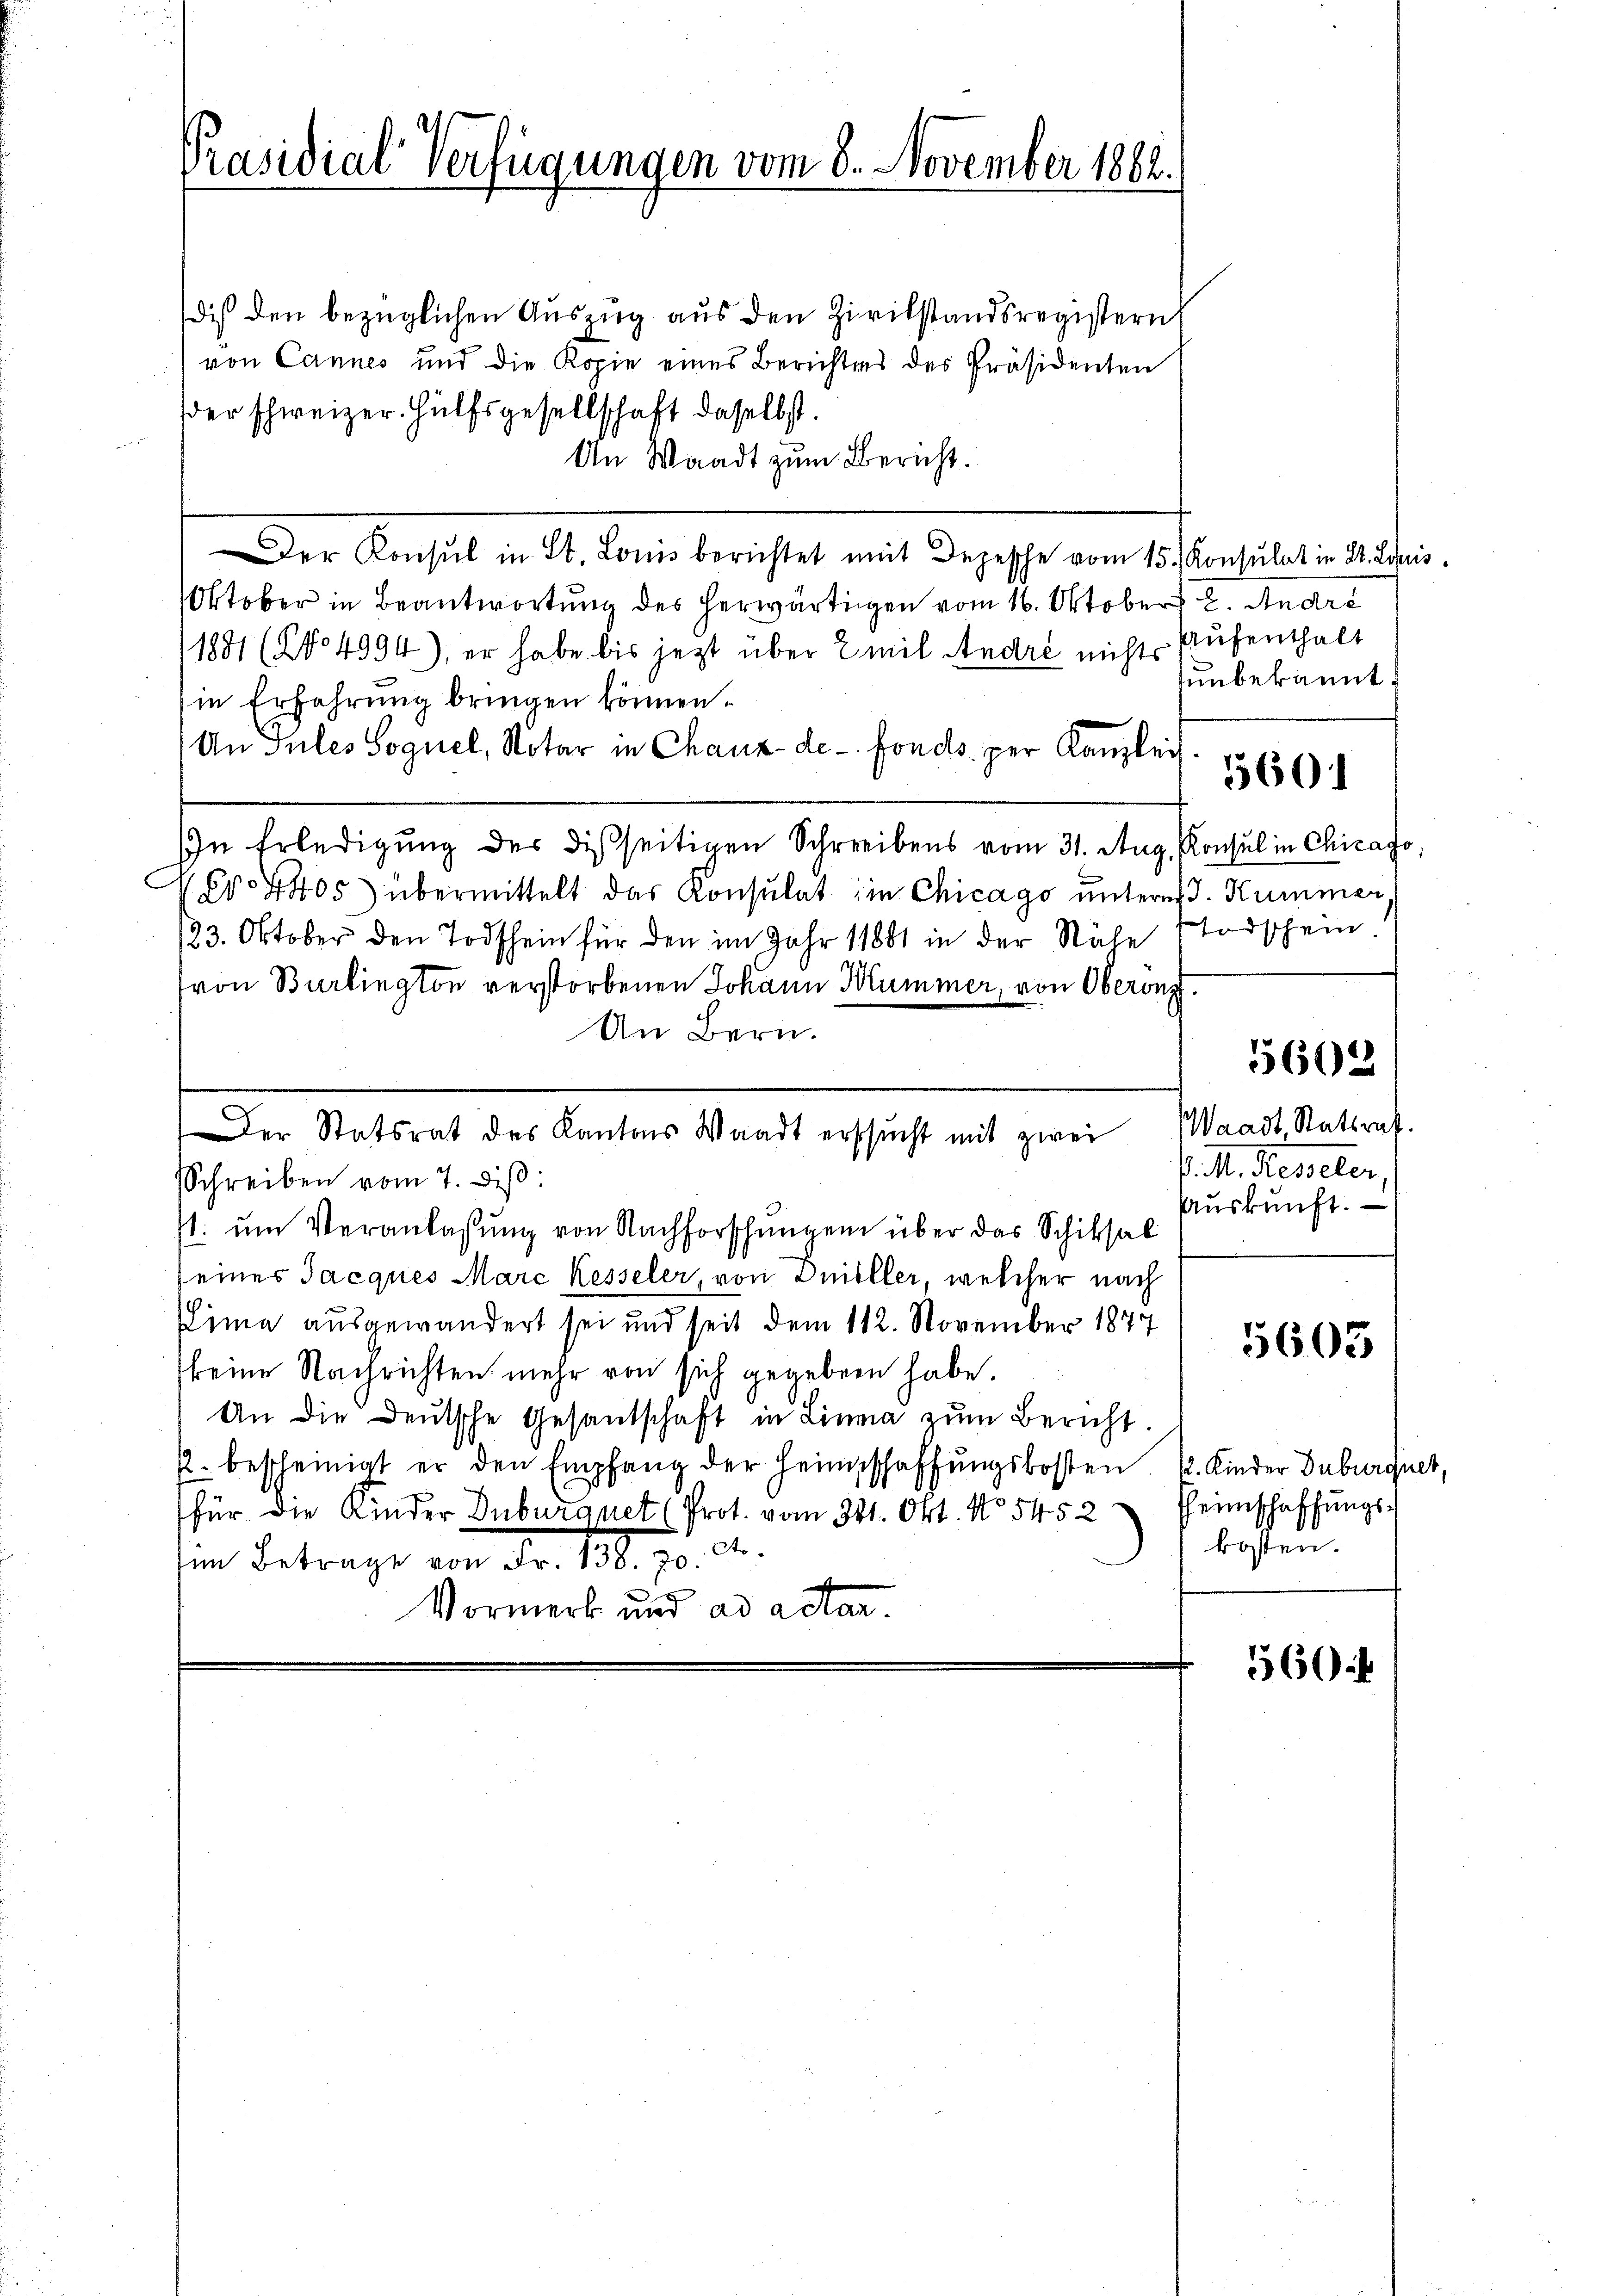
Präsidial-Verfügungen vom 8. November 1882.

dis den bezüglichen Auszug aus den Zivilstandsregistern
von Cannes und die Kopie eines Berichtes des Präsidenten
der schweizer. Hülfsgesellschaft daselbst.
An Waadt zum Bericht.
Der Konsul in St. Louis berichtet mit Depesche vom 15. Konsulat in St. Louis
Oktober in Beantwortung des herwärtigen vom 16. Oktober 2. Andre
1881 (No 4094), er habe bis jezt über Emil André nichts Aufenthalt
in Erfahrung bringen können.
An Jules Soguel, Notar in Chaux-de-Fonds per Kanzlei
In Erledigung der disseitigen Schreibens vom 31. Aug. Konsul in Chicago,
V Nr. 4405) übermittelt das Konsulat in Chicago unterer J. Kummer
123. Oktober den Todschein für den im Jahr 11881 in der Nähe stodschein
von Burlington verstorbenen Johann Kummer, von Oberong.
An Bern.
Der Statsrat des Kantons Waadt ersucht mit zwei
Schreiben vom 7. diβ:
s. ŭm Veranlaßung von Nachforschungen über das Schiksal
(eines Jacques Marc Kesseler, von Drieller, welcher nach
(Lima ausgewandert sei und seit dem 112. November 1877
keine Nachrichten mehr von sich gegeben habe.
An die Deutsche Gesandschaft in Limma zum Bericht.
p. bescheinigt er den Empfang der Heimschaffŭngskosten 12. Kinder Duburquet,
für die Kinder Duburquet (Prot. vom 31. Okt. No 5452 Heimschaffŭngs-
kosten.
him Betrage von Fr. 138. 70. St.
Vormerk und ad actan

unbekannt.
5601

Waadt Statsrat.
S. M. desselter
Auskunft.

5602

5605

5604